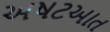
અષટઆત